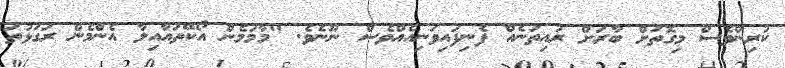
ކުރިންވެސް މިގޮތަށް ބާރަށް ރުއިތަނެއް ފެނިފައިވަނިއެއްވެސް ނޫނެވެ. "މާމަމެން އޯކޭތައާއިލާ އެންމެން ރަގަޅުތަ